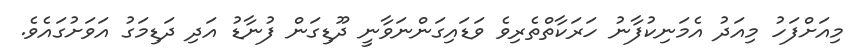
މިއަށްފަހު މިއަދު އެމަނިކުފާނު ހަރަކާތްތެރިވެ ވަޑައިގަންނަވާނީ ދޫޑިގަން ފުނާޑު އަދި ދަޑިމަގު އަވަށުގައެވެ.